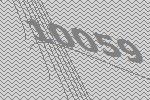
10059